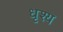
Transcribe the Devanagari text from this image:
धृश्य